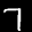
Label: 7